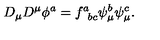
D _ { \mu } D ^ { \mu } \phi ^ { a } = f _ { \phantom { a } b c } ^ { a } \psi _ { \mu } ^ { b } \psi _ { \mu } ^ { c } .